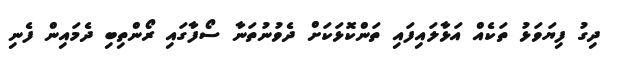
ދިގު ފިޔަވަޅު ތަކެއް އަޅާލައިފައި ތަންކޮޅަކަށް ދެވުނުތަނާ ސޯފާގައި ރޯންތިބި ދެމައިން ފެނި